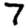
Digit: 7